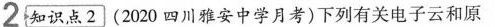
2知识点2〕(2020四川雅安中学月考)下列有关电子云和原